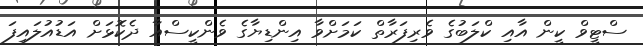
ސްޓީވް ކީން އާއި ކްލަބުގެ ވެރިފަރާތް ކަމަށްވާ އިންޑިޔާގެ ވެންކީސްއާ ދެކޮޅަށް އަޑުއުލައިފަ